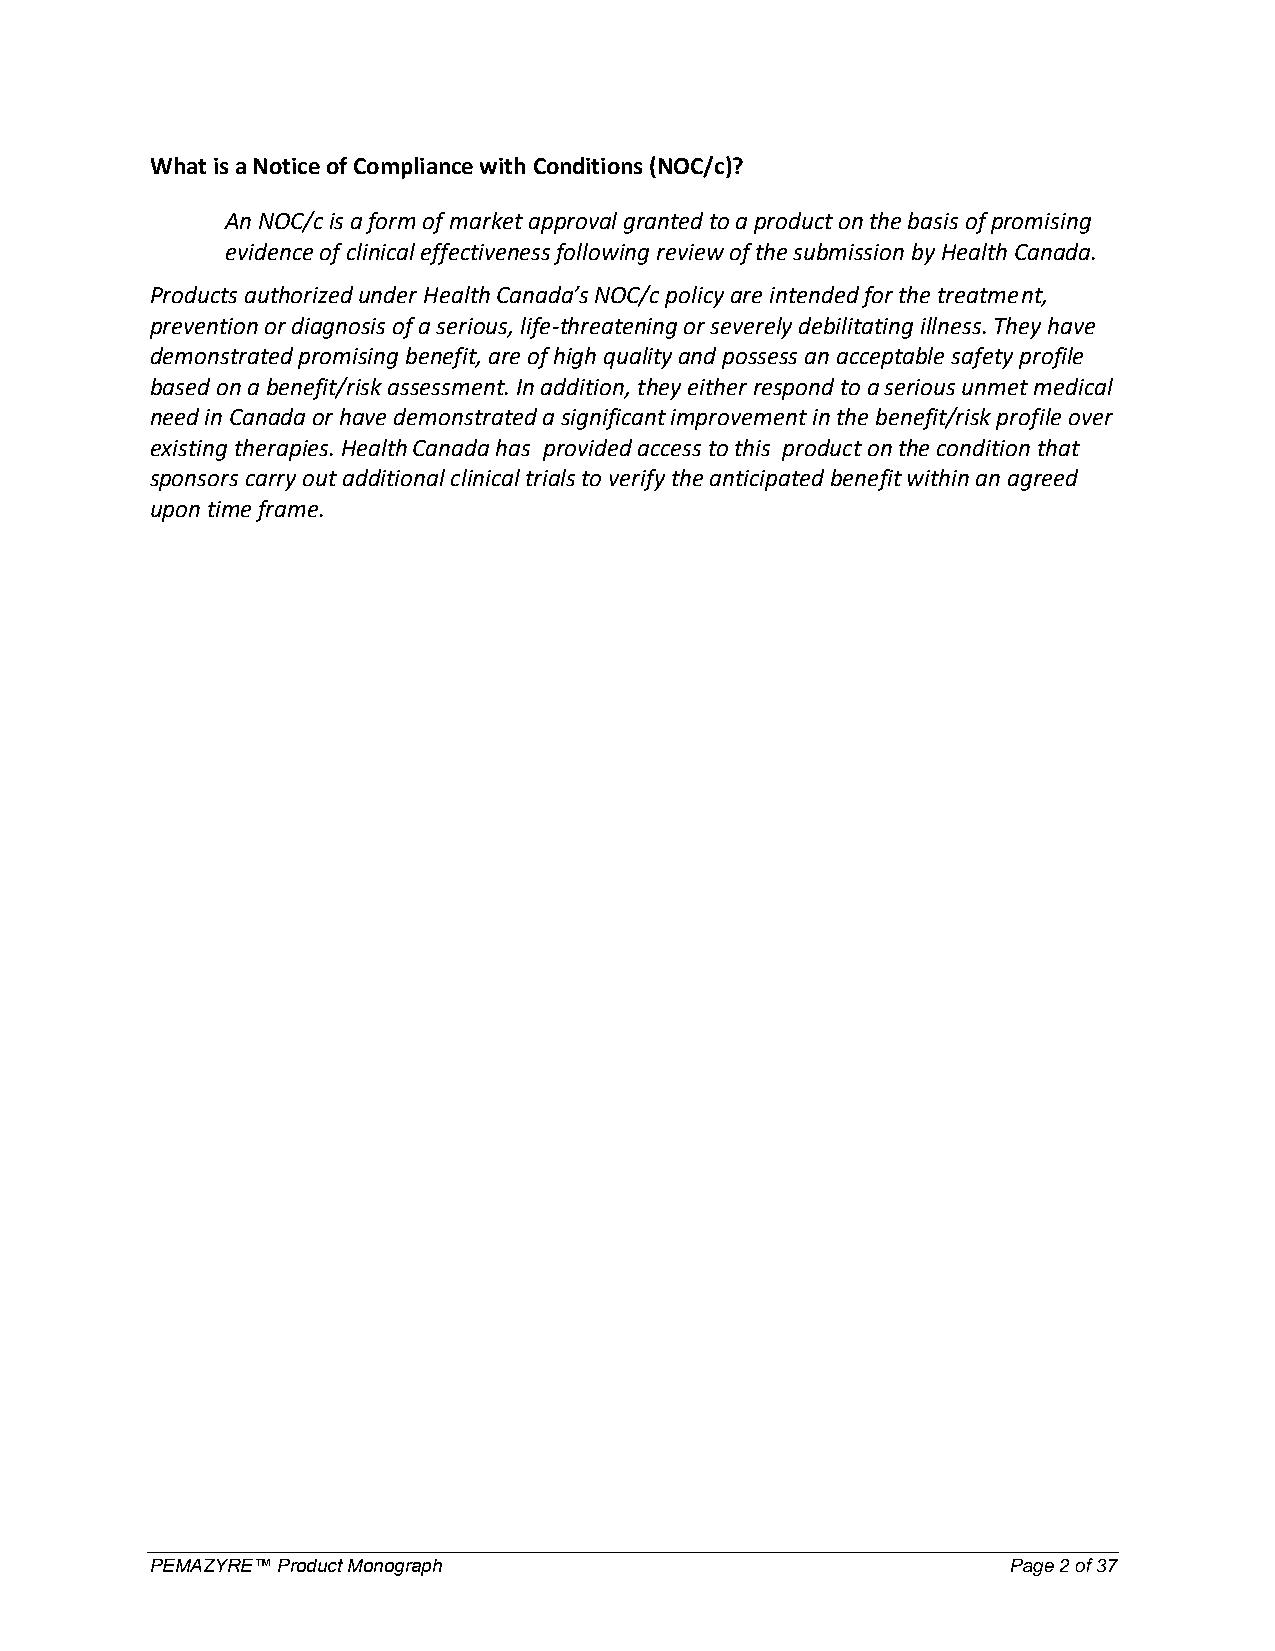
What is a Notice of Compliance with Conditions (NOC/c)?
 An NOC/c is a form of market approval granted to a product on the basis of promising
 evidence of clinical effectiveness following review of the submission by Health Canada.
 Products authorized under Health Canada’s NOC/c policy are intended for the treatment,
 prevention or diagnosis of a serious, life-threatening or severely debilitating illness. They have
 demonstrated promising benefit, are of high quality and possess an acceptable safety profile
 based on a benefit/risk assessment. In addition, they either respond to a serious unmet medical
 need in Canada or have demonstrated a significant improvement in the benefit/risk profile over
 existing therapies. Health Canada has provided access to this product on the condition that
 sponsors carry out additional clinical trials to verify the anticipated benefit within an agreed
 upon time frame.
 PEMAZYRE™ Product Monograph                              Page 2 of 37